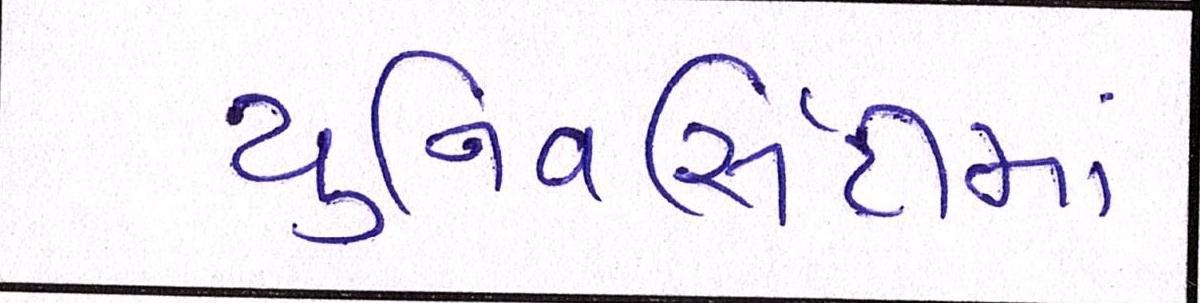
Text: યુનિવર્સિટીમાં